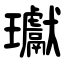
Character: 瓛